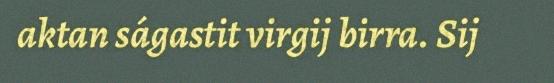
aktan ságastit virgij birra. Sij